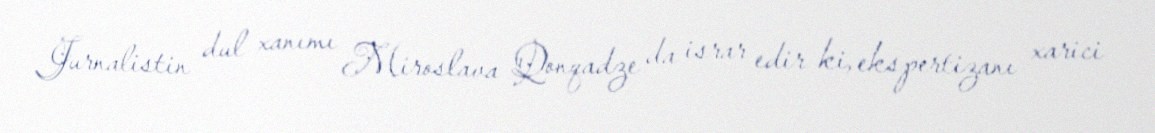
Jurnalistin dul xanımı Miroslava Qonqadze da israr edir ki, ekspertizanı xarici